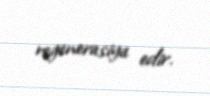
regenerasiya edir.